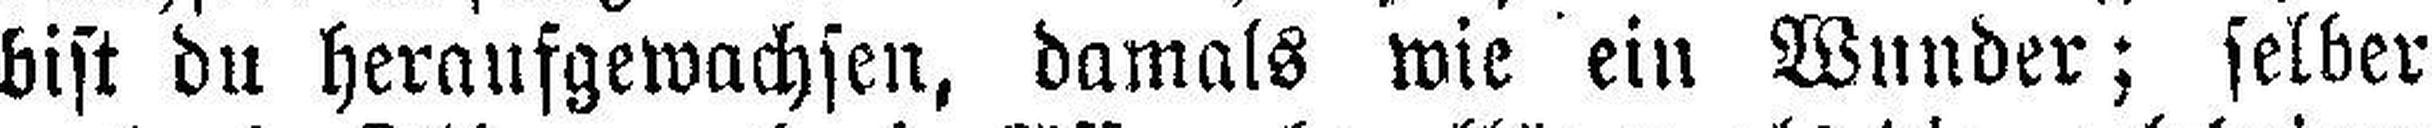
bist du heraufgewachsen, damals wie ein Wunder; selber